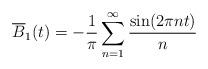
LaTeX: \begin{align*}\overline{B}_{1}(t) = -\frac{1}{\pi} \sum_{n=1}^{\infty} \frac{\sin(2\pi nt)}{n}\end{align*}